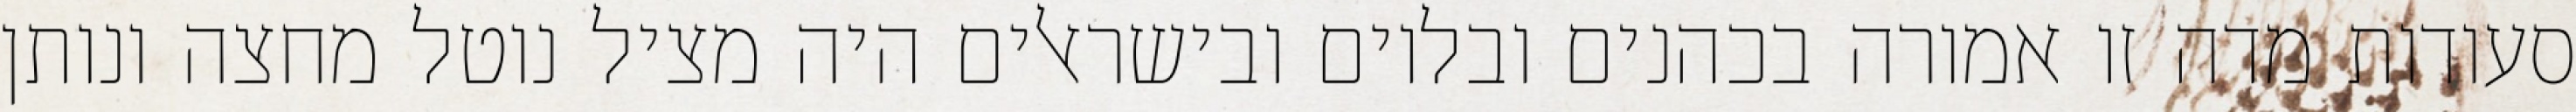
סעודות מדה זו אמורה בכהנים ובלוים ובישראלים היה מציל נוטל מחצה ונותן